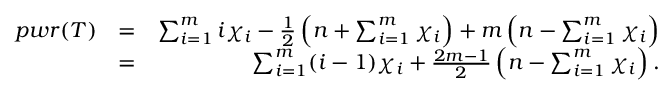
\begin{array} { r l r } { p w r ( T ) } & { = } & { \sum _ { i = 1 } ^ { m } i \chi _ { i } - \frac { 1 } { 2 } \left( n + \sum _ { i = 1 } ^ { m } \chi _ { i } \right) + m \left( n - \sum _ { i = 1 } ^ { m } \chi _ { i } \right) } \\ & { = } & { \sum _ { i = 1 } ^ { m } ( i - 1 ) \chi _ { i } + \frac { 2 m - 1 } { 2 } \left( n - \sum _ { i = 1 } ^ { m } \chi _ { i } \right) . } \end{array}